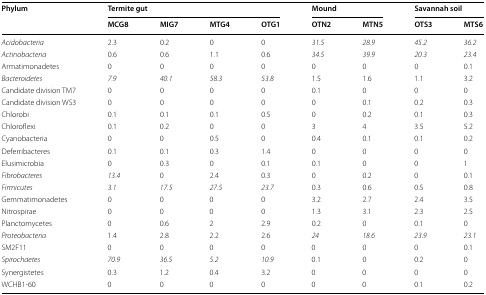
<table><thead><tr><td rowspan="2"><b>Phylum</b></td><td colspan="4"><b>Termite gut</b></td><td colspan="2"><b>Mound</b></td><td colspan="2"><b>Savannah soil</b></td></tr><tr><td><b>MCG8</b></td><td><b>MIG7</b></td><td><b>MTG4</b></td><td><b>OTG1</b></td><td><b>OTN2</b></td><td><b>MTN5</b></td><td><b>OTS3</b></td><td><b>MTS6</b></td></tr></thead><tbody><tr><td><i>Acidobacteria</i></td><td>2.3</td><td>0.2</td><td>0</td><td>0</td><td><i>31.5</i></td><td><i>28.9</i></td><td><i>45.2</i></td><td><i>36.2</i></td></tr><tr><td><i>Actinobacteria</i></td><td>0.6</td><td>0.6</td><td>1.1</td><td>0.6</td><td><i>34.5</i></td><td><i>39.9</i></td><td><i>20.3</i></td><td><i>23.4</i></td></tr><tr><td>Armatimonadetes</td><td>0</td><td>0</td><td>0</td><td>0</td><td>0</td><td>0</td><td>0</td><td>0.1</td></tr><tr><td><i>Bacteroidetes</i></td><td><i>7.9</i></td><td><i>40.1</i></td><td><i>58.3</i></td><td><i>53.8</i></td><td>1.5</td><td>1.6</td><td>1.1</td><td>3.2</td></tr><tr><td>Candidate division TM7</td><td>0</td><td>0</td><td>0</td><td>0</td><td>0.1</td><td>0</td><td>0</td><td>0</td></tr><tr><td>Candidate division WS3</td><td>0</td><td>0</td><td>0</td><td>0</td><td>0</td><td>0.1</td><td>0.2</td><td>0.3</td></tr><tr><td>Chlorobi</td><td>0.1</td><td>0.1</td><td>0.1</td><td>0.5</td><td>0</td><td>0.2</td><td>0.1</td><td>0.3</td></tr><tr><td>Chloroflexi</td><td>0.1</td><td>0.2</td><td>0</td><td>0</td><td>3</td><td>4</td><td>3.5</td><td>5.2</td></tr><tr><td>Cyanobacteria</td><td>0</td><td>0</td><td>0.5</td><td>0</td><td>0.4</td><td>0.1</td><td>0.1</td><td>0.2</td></tr><tr><td>Deferribacteres</td><td>0.1</td><td>0.1</td><td>0.3</td><td>1.4</td><td>0</td><td>0</td><td>0</td><td>0</td></tr><tr><td>Elusimicrobia</td><td>0</td><td>0.3</td><td>0</td><td>0.1</td><td>0.1</td><td>0</td><td>0</td><td>1</td></tr><tr><td><i>Fibrobacteres</i></td><td><i>13.4</i></td><td>0</td><td>2.4</td><td>0.3</td><td>0</td><td>0.2</td><td>0</td><td>0.1</td></tr><tr><td><i>Firmicutes</i></td><td><i>3.1</i></td><td><i>17.5</i></td><td><i>27.5</i></td><td><i>23.7</i></td><td>0.3</td><td>0.6</td><td>0.5</td><td>0.8</td></tr><tr><td>Gemmatimonadetes</td><td>0</td><td>0</td><td>0</td><td>0</td><td>3.2</td><td>2.7</td><td>2.4</td><td>3.5</td></tr><tr><td>Nitrospirae</td><td>0</td><td>0</td><td>0</td><td>0</td><td>1.3</td><td>3.1</td><td>2.3</td><td>2.5</td></tr><tr><td>Planctomycetes</td><td>0</td><td>0.6</td><td>2</td><td>2.9</td><td>0.2</td><td>0</td><td>0.1</td><td>0</td></tr><tr><td><i>Proteobacteria</i></td><td>1.4</td><td>2.8</td><td>2.2</td><td>2.6</td><td><i>24</i></td><td><i>18.6</i></td><td><i>23.9</i></td><td><i>23.1</i></td></tr><tr><td>SM2F11</td><td>0</td><td>0</td><td>0</td><td>0</td><td>0</td><td>0</td><td>0</td><td>0.1</td></tr><tr><td><i>Spirochaetes</i></td><td><i>70.9</i></td><td><i>36.5</i></td><td><i>5.2</i></td><td><i>10.9</i></td><td>0.1</td><td>0</td><td>0.2</td><td>0</td></tr><tr><td>Synergistetes</td><td>0.3</td><td>1.2</td><td>0.4</td><td>3.2</td><td>0</td><td>0</td><td>0</td><td>0</td></tr><tr><td>WCHB1-60</td><td>0</td><td>0</td><td>0</td><td>0</td><td>0</td><td>0</td><td>0.1</td><td>0.2</td></tr></tbody></table>